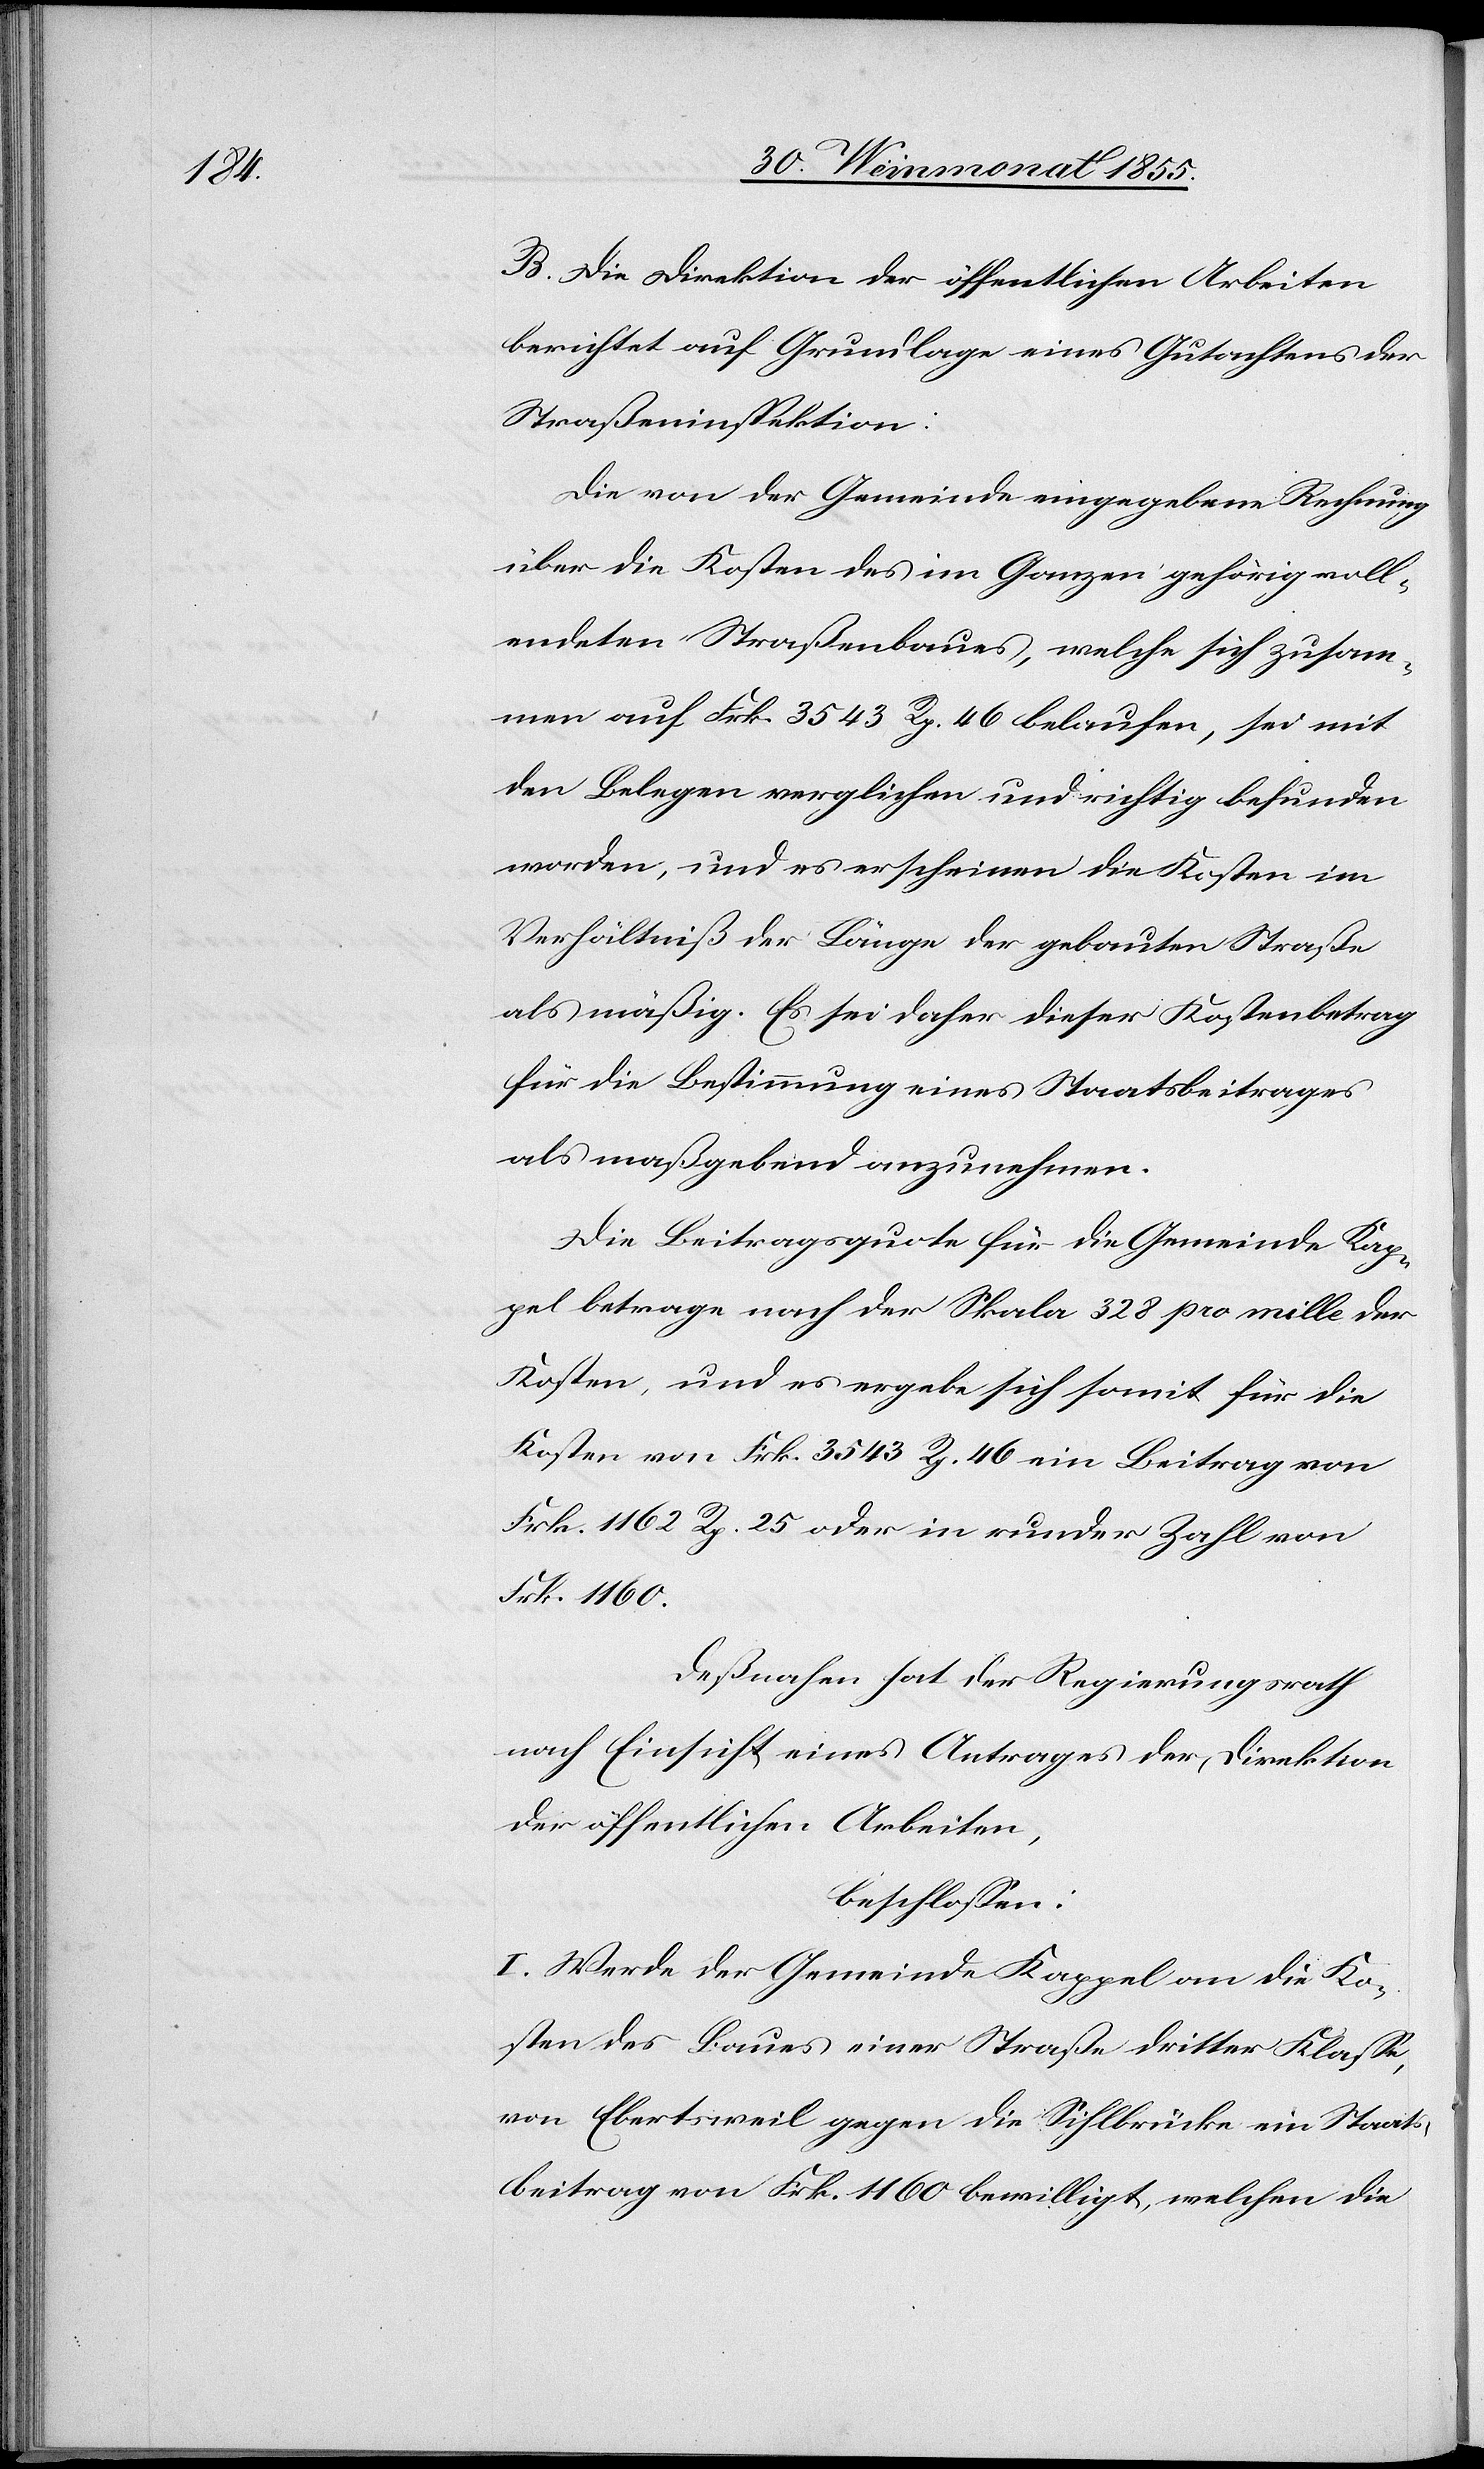
B. Die Direktion der öffentlichen Arbeiten
berichtet auf Grundlage eines Gutachtens der
Straßeninspektion:
Die von der Gemeinde eingegebene Rechnung
über die Kosten des im Ganzen gehörig voll¬
endeten Straßenbaues, welche sich zusam¬
men auf Frk. 3543 Rp. 46 belaufen, sei mit
den Belegen verglichen und richtig befunden
worden, und es erscheinen die Kosten im
Verhältniß der Länge der gebauten Straße
als mäßig. Es sei daher dieser Kostenbetrag
für die Bestimmung eines Staatsbeitrages
als maßgebend anzunehmen.
Die Beitragsquote für die Gemeinde Kap¬
pel betrage nach der Skala 328 pro mille der
Kosten, und es ergebe sich somit für die
Kosten von Frk. 3543 Rp. 46 ein Beitrag von
Frk. 1162 Rp. 25 oder in runder Zahl von
Frk. 1160.
Deßnahen hat der Regierungsrath
nach Einsicht eines Antrages der Direktion
der öffentlichen Arbeiten,
beschlossen:
I. Werde der Gemeinde Kappel an die Ko¬
sten des Baues einer Straße dritter Klasse,
von Ebertsweil gegen die Sihlbrücke ein Staats¬
beitrag von Frk. 1160 bewilligt, welchen die